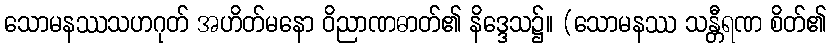
သောမနဿသဟဂုတ် အဟိတ်မနော ဝိညာဏဓာတ်၏ နိဒ္ဒေသ၌။ (သောမနဿ သန္တီရဏ စိတ်၏